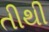
તીથી